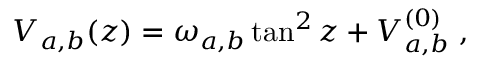
V _ { a , b } ( z ) = \omega _ { a , b } \tan ^ { 2 } z + V _ { a , b } ^ { ( 0 ) } \; ,